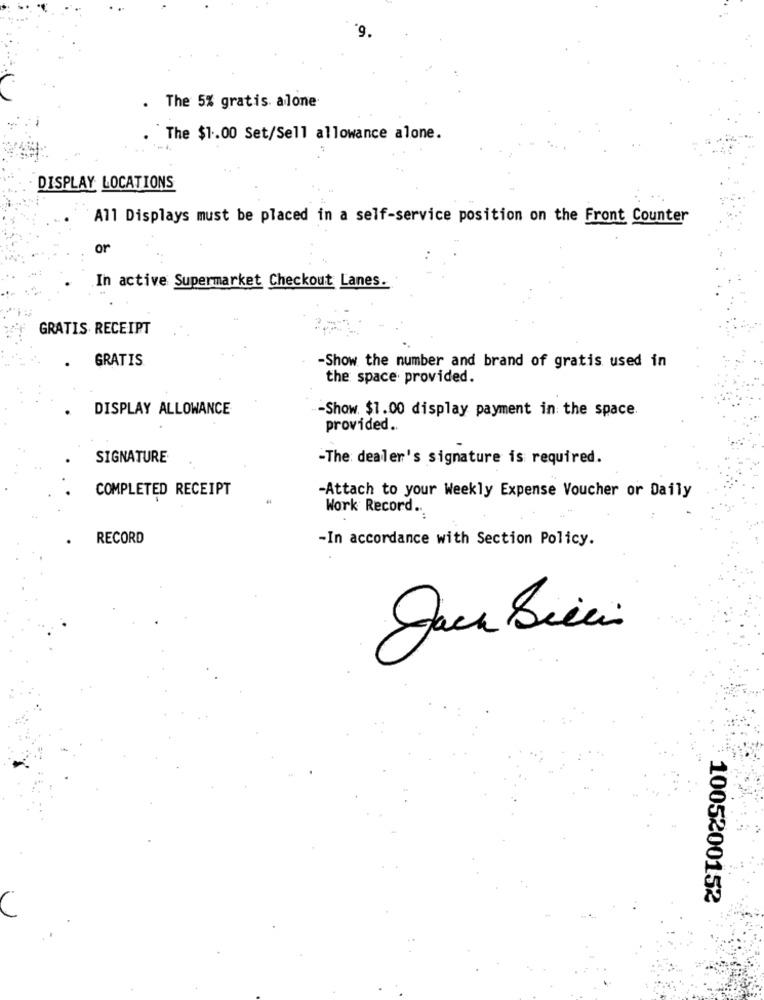
6.
. The 5% gratis alone
The $1.00 Set/Sell allowance alone.
DISPLAY LOCATIONS
All Displays must be placed in a self-service position on the Front Counter
or
In active Supermarket Checkout Lanes.
GRATIS RECEIPT
GRATIS
-Show the number and brand of gratis used in
the space provided.
. DISPLAY ALLOWANCE
-Show. $1.00 display payment in the space.
provided ..
SIGNATURE
-The dealer's signature is required.
COMPLETED RECEIPT
-Attach to your Weekly Expense Voucher or Daily
Work Record ..
RECORD
-In accordance with Section Policy.
1005200152